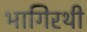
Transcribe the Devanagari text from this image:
भागिरथी